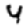
Digit: 4